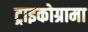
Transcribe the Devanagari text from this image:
ट्राइकोग्रामा